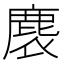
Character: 𪊘